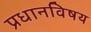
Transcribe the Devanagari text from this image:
प्रधानविषय